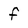
Character: f